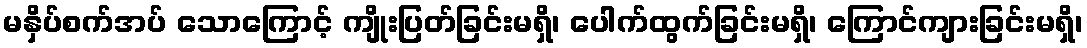
မနှိပ်စက်အပ် သောကြောင့် ကျိုးပြတ်ခြင်းမရှိ၊ ပေါက်ထွက်ခြင်းမရှိ၊ ကြောင်ကျားခြင်းမရှိ၊